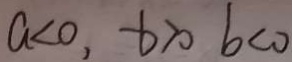
a < 0 , - b > 0 b < 0